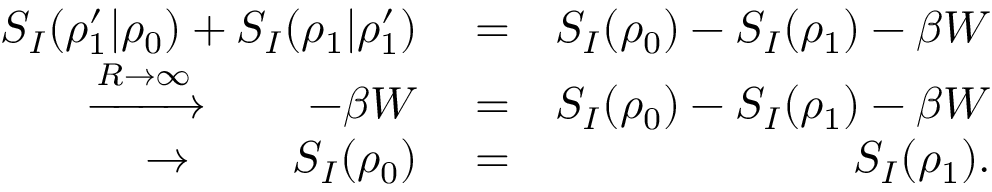
\begin{array} { r l r } { S _ { I } ( \rho _ { 1 } ^ { \prime } | \rho _ { 0 } ) + S _ { I } ( \rho _ { 1 } | \rho _ { 1 } ^ { \prime } ) } & { { } = } & { S _ { I } ( \rho _ { 0 } ) - S _ { I } ( \rho _ { 1 } ) - \beta W } \\ { \xrightarrow { R \rightarrow \infty } \qquad - \beta W } & { { } = } & { S _ { I } ( \rho _ { 0 } ) - S _ { I } ( \rho _ { 1 } ) - \beta W } \\ { \rightarrow \qquad S _ { I } ( \rho _ { 0 } ) } & { { } = } & { S _ { I } ( \rho _ { 1 } ) . } \end{array}